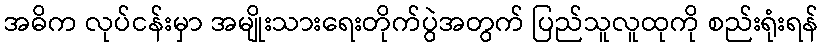
အဓိက လုပ်ငန်းမှာ အမျိုးသားရေးတိုက်ပွဲအတွက် ပြည်သူလူထုကို စည်းရုံးရန်